Elephants and their diseases
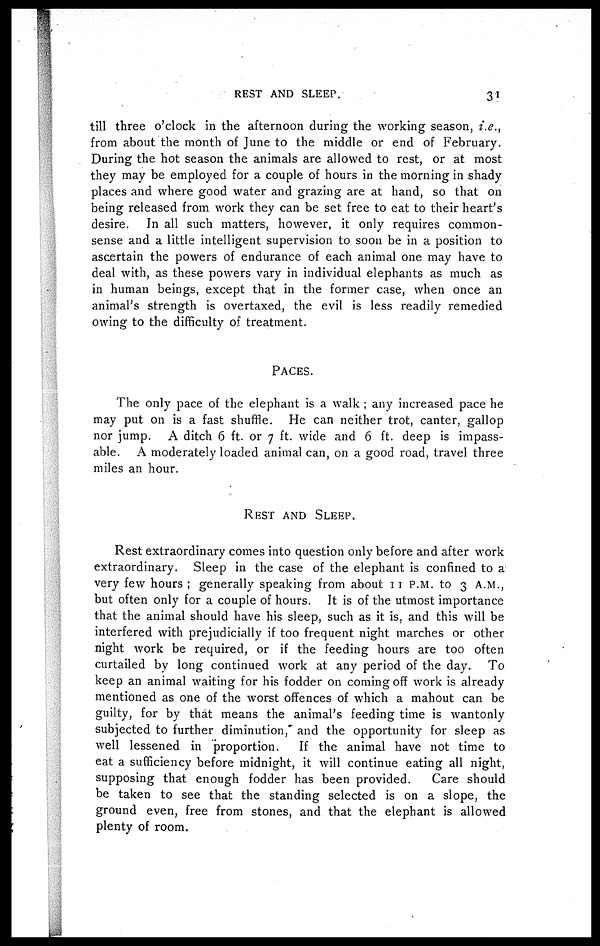
REST AND SLEEP.
31
till three o'clock in the afternoon during the working season, i.e.,
from about the month of June to the middle or end of February.
During the hot season the animals are allowed to rest, or at most
they may be employed for a couple of hours in the morning in shady
places and where good water and grazing are at hand, so that on
being released from work they can be set free to eat to their heart's
desire. In all such matters, however, it only requires common-
sense and a little intelligent supervision to soon be in a position to
ascertain the powers of endurance of each animal one may have to
deal with, as these powers vary in individual elephants as much as
in human beings, except that in the former case, when once an
animal's strength is overtaxed, the evil is less readily remedied
owing to the difficulty of treatment.
PACES.
The only pace of the elephant is a walk ; any increased pace he
may put on is a fast shuffle. He can neither trot, canter, gallop
nor jump. A ditch 6 ft. or 7 ft. wide and 6 ft. deep is impass-
able. A moderately loaded animal can, on a good road, travel three
miles an hour.
REST
ANDSLEEP.
Rest extraordinary comes into question only before and after work
extraordinary. Sleep in the case of the elephant is confined to a
very few hours ; generally speaking from about 11 P.M. to 3 A.M.,
but often only for a couple of hours. It is of the utmost importance
that the animal should have his sleep, such as it is, and this will be
interfered with prejudicially if too frequent night marches or other
night work be required, or if the feeding hours are too often
curtailed by long continued work at any period of the day. To
keep an animal waiting for his fodder on coming off work is already
mentioned as one of the worst offences of which a mahout can be
guilty, for by that means the animal's feeding time is wantonly
subjected to further diminution, and the opportunity for sleep as
well lessened in proportion.
If the animal have not time to
eat a sufficiency before midnight, it will continue eating all night,
supposing that enough fodder has been provided.
Care should
be taken to see that the standing selected is on a slope, the
ground even, free from stones, and that the elephant is allowed
plenty of room.